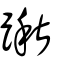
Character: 踿